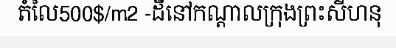
តំលៃ500$/m2 -ដីនៅកណ្តាលក្រុងព្រះសីហនុ